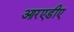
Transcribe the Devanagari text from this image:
आरएडीए